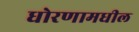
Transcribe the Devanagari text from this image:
धोरणामधील